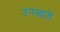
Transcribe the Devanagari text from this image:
उपखाते